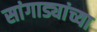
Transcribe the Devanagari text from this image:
सांगाड्यांच्या